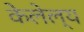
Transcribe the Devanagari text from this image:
केलेल्य